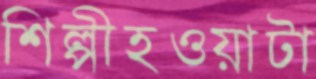
শিল্পীহওয়াটা